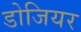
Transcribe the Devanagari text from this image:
डोजियर